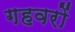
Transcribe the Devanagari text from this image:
गहवरों